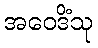
အဝေဒိံသု